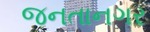
જનતાનગર